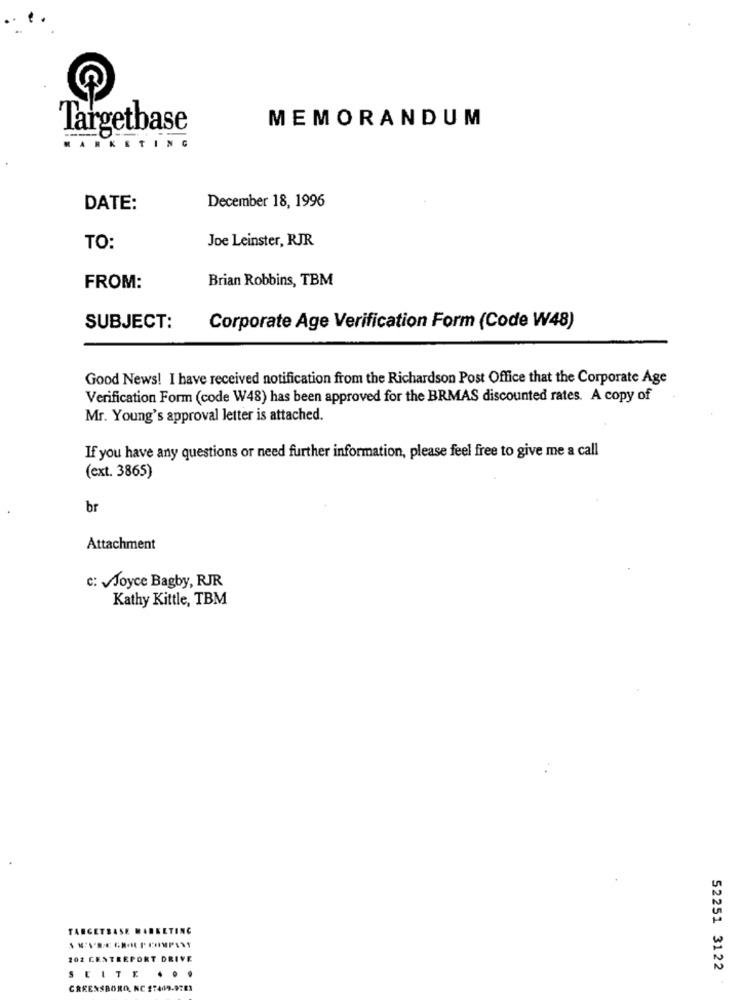
MEMORANDUM
Targetbase
MARKETING
DATE:
December 18, 1996
Joe Leinster, RJR
TO:
Brian Robbins, TBM
FROM:
SUBJECT:
Corporate Age Verification Form (Code W48)
Good News! I have received notification from the Richardson Post Office that the Corporate Age
Verification Form (code W48) has been approved for the BRMAS discounted rates. A copy of
Mr. Young's approval letter is attached.
If you have any questions or need further information, please feel free to give me a call
(ext. 3865)
br
Attachment
C: Joyce Bagby, RJR
Kathy Kittle, TBM
TARGETBASE MARKETING
202 CENTREPORT DRIVE
52251 3122
SUITE ...
GREENSBORO, NC 27449.9781